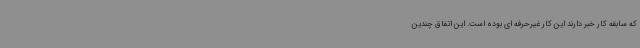
که سابقه کار خبر دارند این کار غیرحرفه ای بوده است. این اتفاق چندین